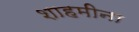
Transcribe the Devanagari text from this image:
शाहमीना